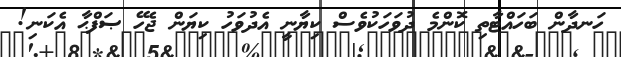
ހަނދާން ބަހައްޓާތި ކޮންމެ ދުވަހަކުވެސް ކިޔާނީ އެދުވަހު ކިޔަން ޖެހޭ ޞަފްޙާ އެކަނި!